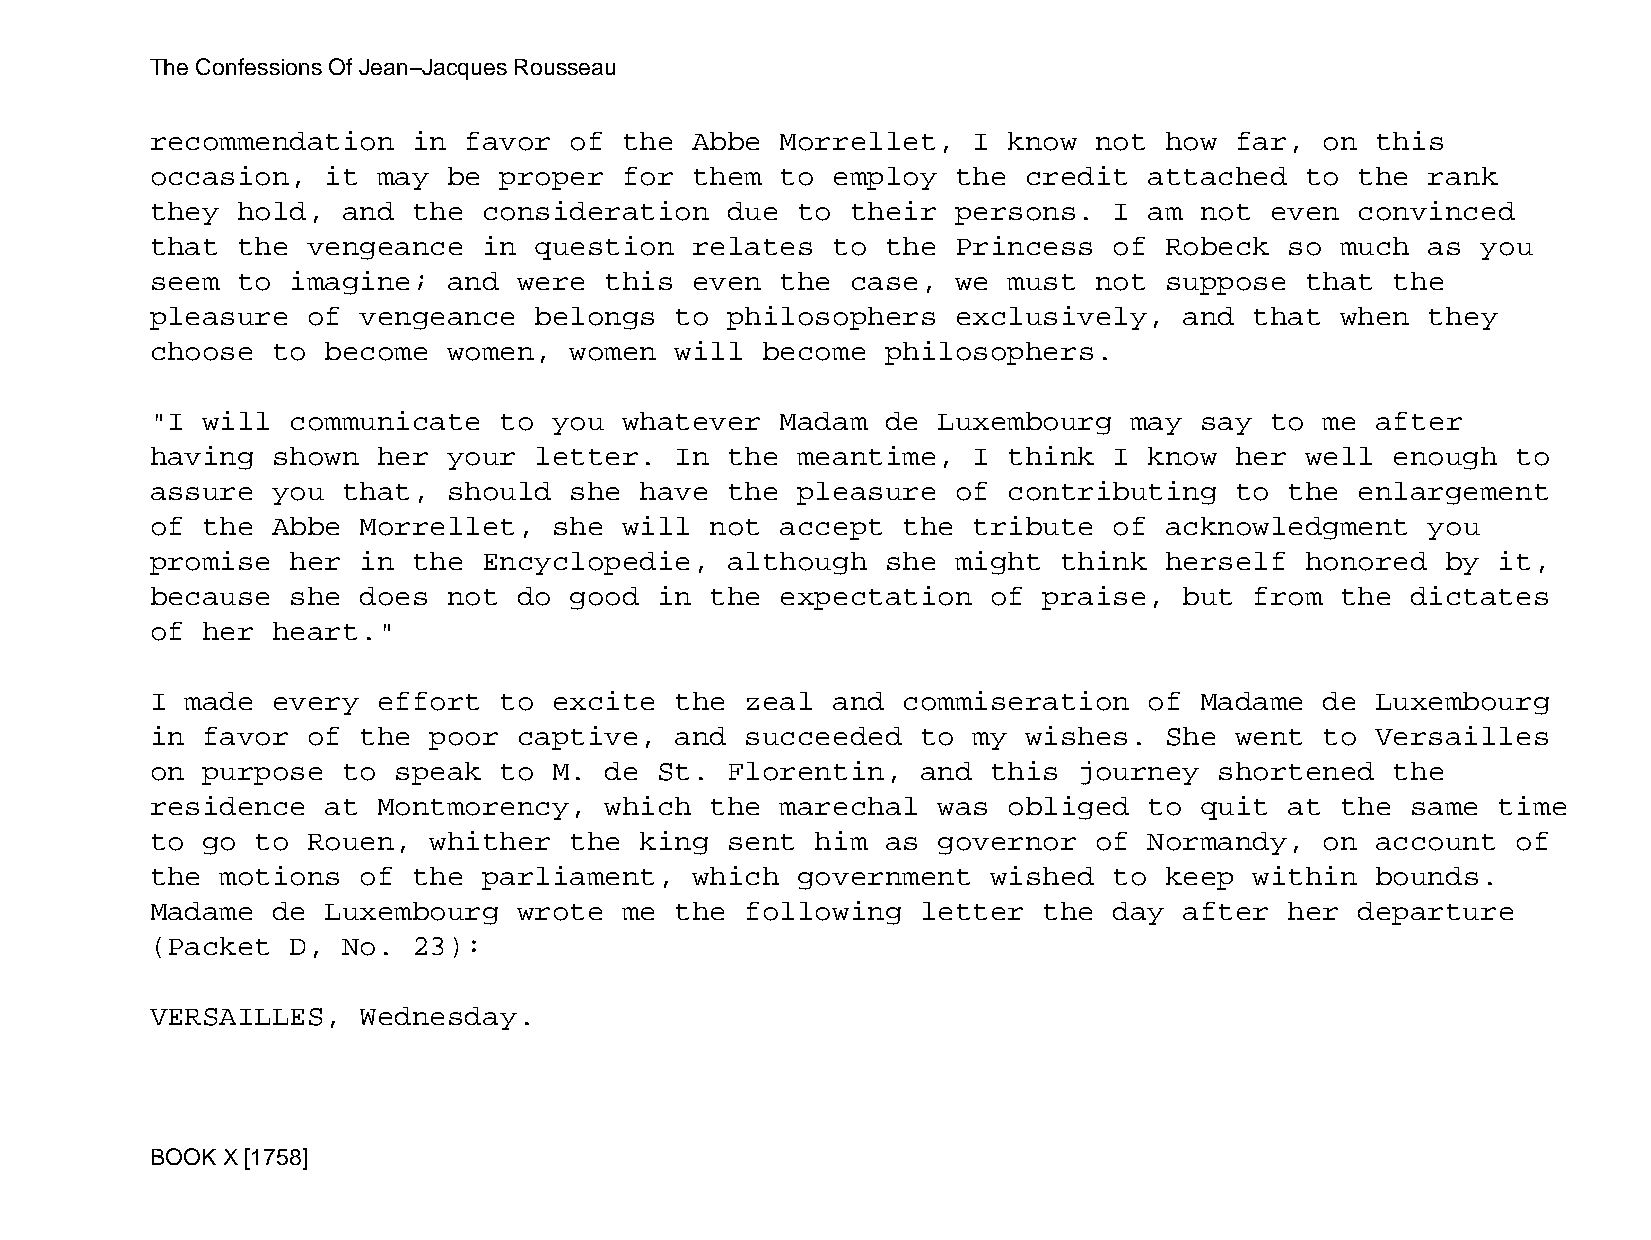
The Confessions Of Jean−Jacques Rousseau
 recommendation   in  favor  of the  Abbe  Morrellet,  I  know not  how  far,  on this
 occasion,   it may  be proper  for  them  to employ  the  credit  attached  to  the  rank
 they  hold,  and the  consideration   due  to their  persons.   I am not  even  convinced
 that  the vengeance   in question   relates  to  the Princess   of Robeck  so  much  as you
 seem  to imagine;   and were  this  even  the case,  we  must not  suppose  that  the
 pleasure  of  vengeance  belongs   to philosophers   exclusively,   and  that  when  they
 choose  to  become  women,  women  will become   philosophers.
 "I will  communicate   to  you whatever   Madam  de Luxembourg   may say  to  me after
 having  shown  her  your letter.   In the  meantime,  I  think  I know  her well  enough  to
 assure  you  that,  should  she have  the  pleasure  of  contributing   to the  enlargement
 of the  Abbe  Morrellet,   she will  not  accept  the tribute   of acknowledgment    you
 promise  her  in the  Encyclopedie,   although   she might  think  herself  honored   by it,
 because  she  does  not do  good  in the  expectation   of praise,  but  from  the dictates
 of her  heart."
 I made  every  effort  to  excite  the zeal  and  commiseration   of Madame   de Luxembourg
 in favor  of  the poor  captive,   and succeeded   to my  wishes.  She  went  to Versailles
 on purpose   to speak  to  M. de  St. Florentin,   and  this journey   shortened  the
 residence   at Montmorency,   which  the  marechal  was  obliged  to quit  at  the same  time
 to go  to Rouen,  whither   the king  sent  him  as governor  of  Normandy,   on account  of
 the  motions  of the  parliament,   which  government   wished  to keep  within  bounds.
 Madame  de  Luxembourg  wrote  me  the following   letter  the  day after  her  departure
 (Packet  D,  No. 23):
 VERSAILLES,   Wednesday.
 BOOK X [1758]